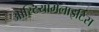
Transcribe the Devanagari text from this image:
आस्टियोमेलाइटिस